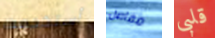
أستخدمت مفاصل قلبى